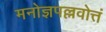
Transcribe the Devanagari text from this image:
मनोज्ञपल्लवोत्तं